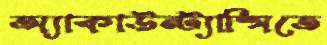
অ্যাকাউন্ট্যান্সিতে